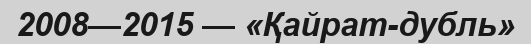
2008—2015 — «Қайрат-дубль»